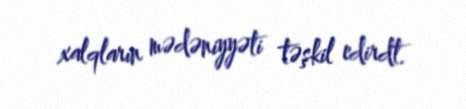
xalqların mədəniyyəti təşkil edirdt.